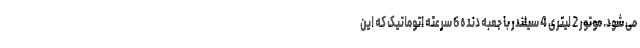
می شود. موتور 2 لیتری 4 سیلندر با جعبه دنده 6 سرعته اتوماتیک که این